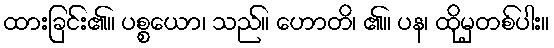
ထားခြင်း၏။ ပစ္စယော၊ သည်။ ဟောတိ၊ ၏။ ပန၊ ထိုမှတစ်ပါး။